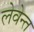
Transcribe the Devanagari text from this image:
लेवेन्त